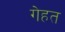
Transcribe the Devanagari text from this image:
गेहत